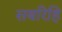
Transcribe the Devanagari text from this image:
सबरिहि